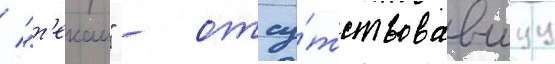
/ "т'екаи" - отсу́тствовавшуу